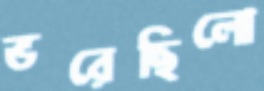
ভরেছিলো